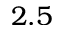
2 . 5